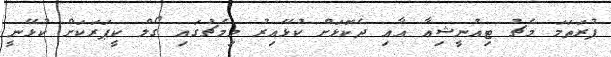
ފުރަތަމަ މެޗު ޓިއުނީޝިއާ އާއި ދެކޮޅަށް ކުޅޭއިރު މިމެޗުގައި ގޯލް ކީޕަރަކަށް ކުޅޭނީ